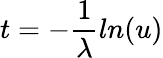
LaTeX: t=-{\frac{1}{\lambda}}ln(u)